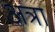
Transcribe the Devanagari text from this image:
अत्रा